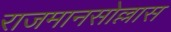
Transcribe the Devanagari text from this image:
राजमानसोल्लास